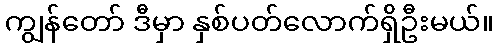
ကျွန်တော် ဒီမှာ နှစ်ပတ်လောက်ရှိဦးမယ်။